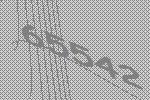
65542